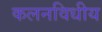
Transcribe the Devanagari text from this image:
कलनविधीय